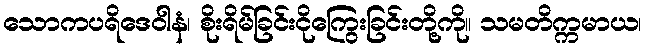
သောကပရိဒေဝါနံ၊ စိုးရိမ်ခြင်းငိုကြွေးခြင်းတို့ကို။ သမတိက္ကမာယ၊